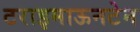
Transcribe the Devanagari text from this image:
टराइमाऊनटेन